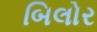
બિલોર